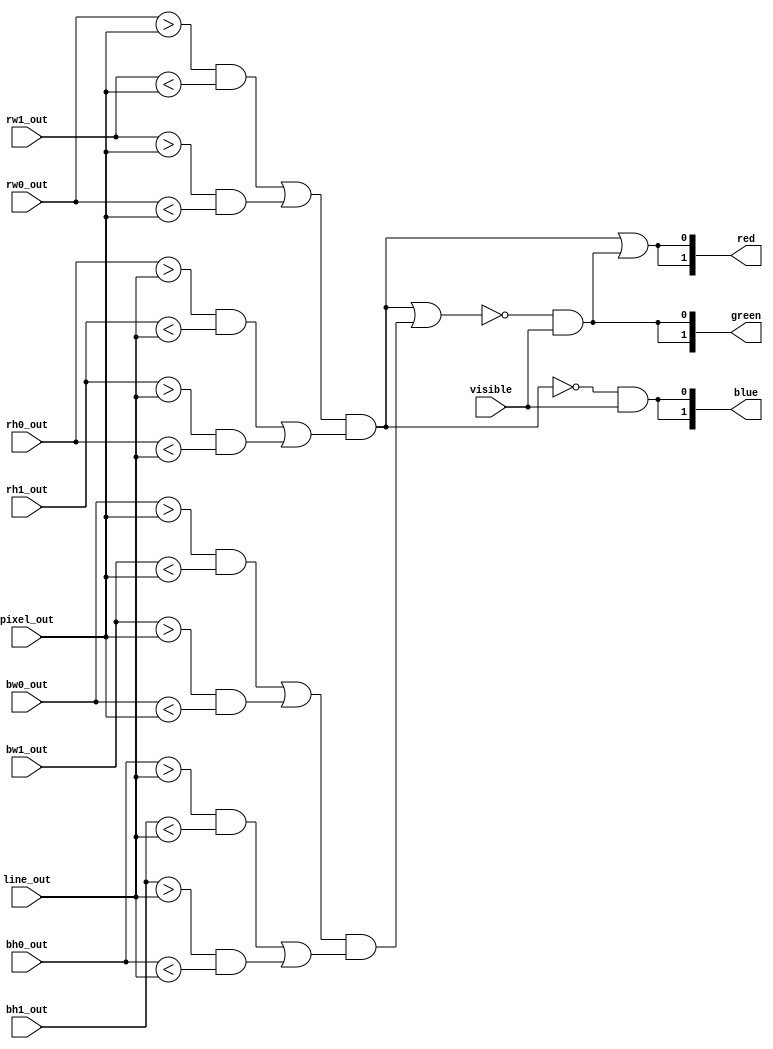
`timescale 1ns / 1ps

module Rectangle_Display(
	 input [9:0] pixel_out,											//bemen busz, rajta az aktulis kppontszmmal
	 input [9:0] line_out,											//bemen busz, rajta az aktulis sorszmmal
	 input [9:0] rw0_out, rw1_out,								//piros tglalap bal vagy jobb oldalai
	 input [8:0] rh0_out, rh1_out,								//piros tglalap als vagy fels oldalai						
	 input [9:0] bw0_out, bw1_out,								//kk tglalap bal vagy jobb oldalai
	 input [8:0] bh0_out, bh1_out,								//kk tglalap als vagy fels oldalai
	 input visible,													//bemen vezetk, magas, ha a lthat szakasz kvetkezik
    output [1:0] red,												//kimen busz, magas ha pp piros kppontokat akarunk megjelenteni
    output [1:0] green,												//kimen busz, magas ha pp zld kppontokat akarunk megjelenteni
    output [1:0] blue												//kimen busz, magas ha pp kk kppontokat akarunk megjelenteni
    );

assign red_box = ((rw0_out > pixel_out & rw1_out < pixel_out) | (rw1_out > pixel_out & rw0_out < pixel_out)) & ((rh0_out > line_out & rh1_out < line_out) | (rh1_out > line_out & rh0_out < line_out));	//magas, ha a piros tglalapot kell kirajzolni. Ez akkor lehetsges, ha a kppontszmll az ellltott jobb s bal oldal kztt van (a kt rtkrl onnan tudjuk eldnteni, hogy melyik a jobb(a magasabb) vagy bal(az alacsonyabb), hogy mindkt lehetsget megvizsgljuk), s az ellltott fels s als rtkek kztt van

assign blue_box = ((bw0_out > pixel_out & bw1_out < pixel_out) | (bw1_out > pixel_out & bw0_out < pixel_out)) & ((bh0_out > line_out & bh1_out < line_out) | (bh1_out > line_out & bh0_out < line_out));	//magas, ha a kk tglalapot kell kirajzolni. Ez akkor lehetsges, ha a sorszmll az ellltott jobb s bal oldal kztt van, s az ellltott fels s als rtkek kztt van

assign green[0] = ~(red_box | blue_box) & visible;			//a zld bitek akkor magasak, ha a piros s kk doboz bitek nem magasak, s a szmllk a lthat tartomnyban vannak
assign green[1] = green[0];										//ugyanaz mint az els bitje
		
assign blue[0] = (~red_box & visible);							//a kk bitek akkor magasak, ha a piros doboz bit nem magas s a szmllk a lthat tartomnyban vannak, vagy ha a zld bitek magasak
assign blue[1] = blue[0];											//ugyanaz mint az els bitje
		
assign red[0] = red_box | green[0];								//a piros bitek akkor magasak, ha a piros doboz bit magas vagy a zld bit magas
assign red[1] = red[0];												//ugyanaz mint az els bitje

endmodule